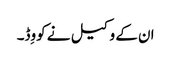
ان کے وکیل نے کووِڈ۔